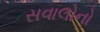
સવાલોનો